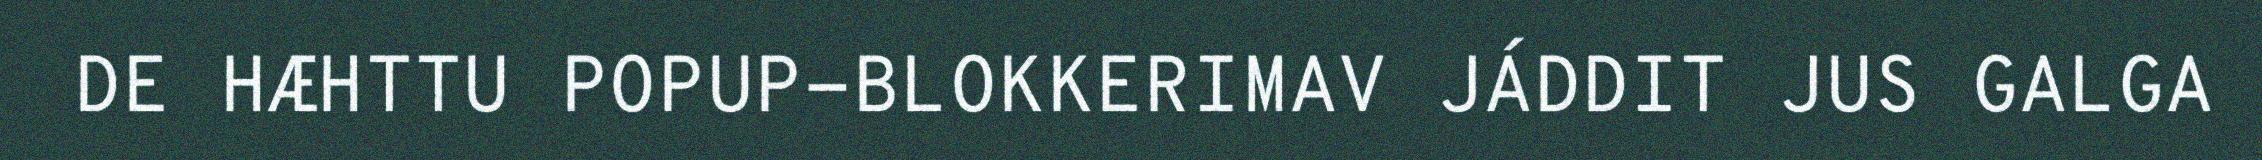
DE HÆHTTU POPUP-BLOKKERIMAV JÁDDIT JUS GALGA